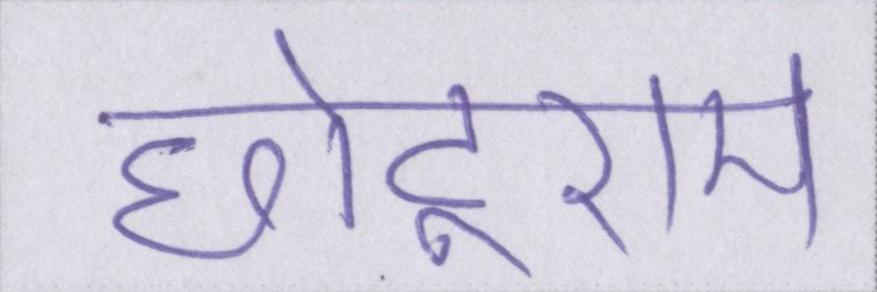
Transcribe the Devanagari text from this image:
छोटूराम